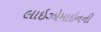
લાઇઝોમાઇનની